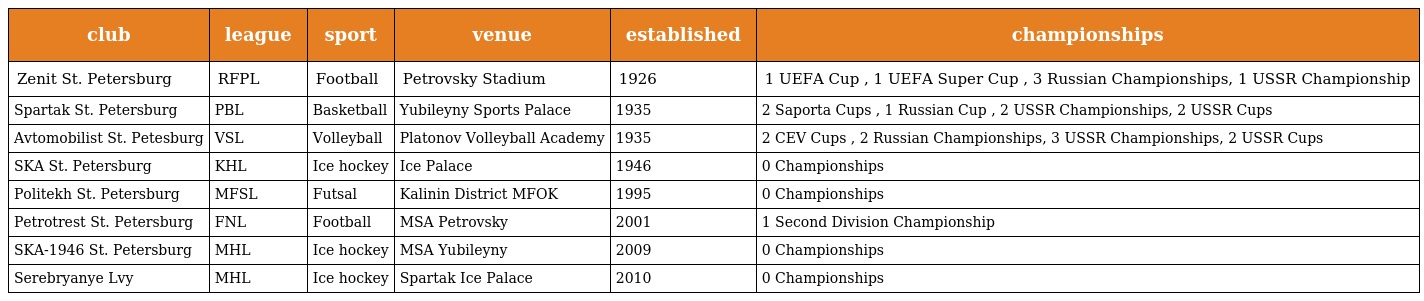
| club | league | sport | venue | established | championships |
 | --- | --- | --- | --- | --- | --- |
 | Zenit St. Petersburg | RFPL | Football | Petrovsky Stadium | 1926 | 1 UEFA Cup , 1 UEFA Super Cup , 3 Russian Championships, 1 USSR Championship |
 | Spartak St. Petersburg | PBL | Basketball | Yubileyny Sports Palace | 1935 | 2 Saporta Cups , 1 Russian Cup , 2 USSR Championships, 2 USSR Cups |
 | Avtomobilist St. Petesburg | VSL | Volleyball | Platonov Volleyball Academy | 1935 | 2 CEV Cups , 2 Russian Championships, 3 USSR Championships, 2 USSR Cups |
 | SKA St. Petersburg | KHL | Ice hockey | Ice Palace | 1946 | 0 Championships |
 | Politekh St. Petersburg | MFSL | Futsal | Kalinin District MFOK | 1995 | 0 Championships |
 | Petrotrest St. Petersburg | FNL | Football | MSA Petrovsky | 2001 | 1 Second Division Championship |
 | SKA-1946 St. Petersburg | MHL | Ice hockey | MSA Yubileyny | 2009 | 0 Championships |
 | Serebryanye Lvy | MHL | Ice hockey | Spartak Ice Palace | 2010 | 0 Championships |